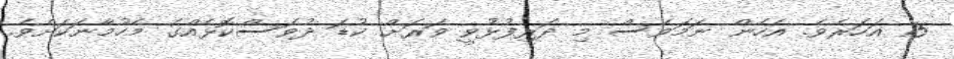
15 އަހަރެވެ. އެހެން ނަމަވެސް މި ދަރިފުޅުވީ ވަރަށް ކުޑަ ދުވަސްކޮޅެއްގެ މެހުމާނަކަށެވެ.